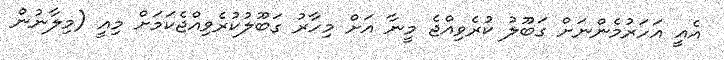
އެއީ އަހަރުމެންނަށް ގަބޫލު ކުރެވިއްޖެ މީނާ އަށް މިހާރު ގަބޫލުކުރެވިއްޖެކަމަށް މިއީ (މިލާނުން